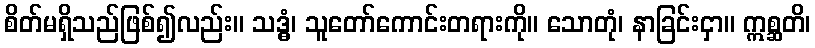
စိတ်မရှိသည်ဖြစ်၍လည်း။ သဒ္ဓံ၊ သူတော်ကောင်းတရားကို။ သောတုံ၊ နာခြင်းငှာ။ ဣစ္ဆတိ၊